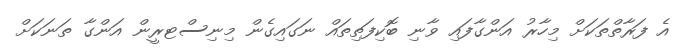
އެ ފަރާތްތަކަށް މިހާރު އަންގާފައި ވާނި ބޮކިފަތިތައް ނަގައިގެން މިނިސްޓރީން އަންގާ ތަނަކަށް